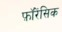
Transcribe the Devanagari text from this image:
फ़ॉरेंसिक